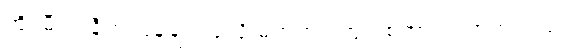
အို၊ မီလာနီက ပြန်ချင်လှလို့ မဟုတ်ပါဘူး၊ စကားလက်ကလည်း